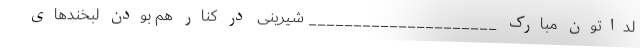
لداتون مبارک _____________________ شیرینىِ در کنار هم بودن لبخندهاى